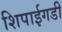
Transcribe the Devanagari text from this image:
शिपाईगडी